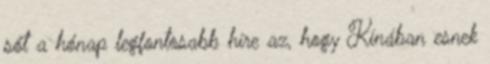
sőt a hónap legfontosabb híre az, hogy Kínában esnek